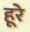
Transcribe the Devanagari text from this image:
हूरे